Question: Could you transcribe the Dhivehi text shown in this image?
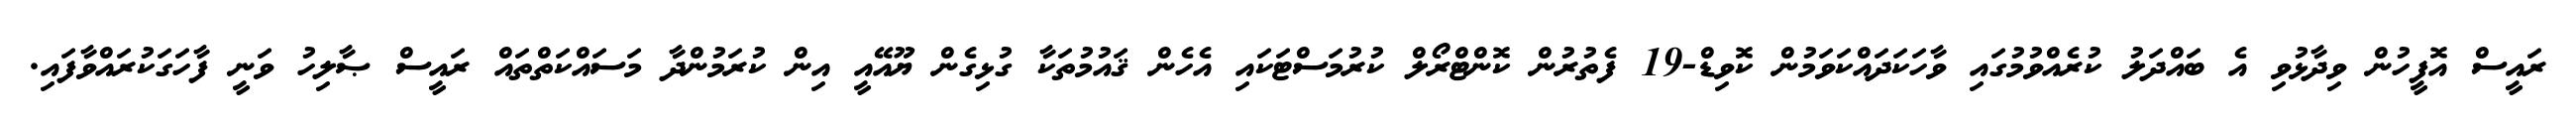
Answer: ރައީސް އޮފީހުން ވިދާޅުވި އެ ބައްދަލު ކުރެއްވުމުގައި ވާހަކަދައްކަވަމުން ކޮވިޑް-19 ފެތުރުން ކޮންޓްރޯލް ކުރުމަސްޓަކައި އެހެން ޤައުމުތަކާ ގުޅިގެން ޔޫއޭއީ އިން ކުރަމުންދާ މަސައްކަތްތައް ރައީސް ޞާލިހު ވަނީ ފާހަގަކުރައްވާފައި.